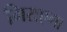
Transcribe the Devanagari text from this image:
गिराएगा